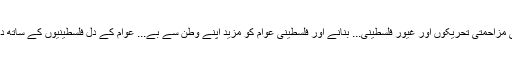
فلسطین کی مزاحمتی تحریکوں اور غیور فلسطینی... بنانے اور فلسطینی عوام کو مزید اپنے وطن سے بے... عوام کے دل فلسطینیوں کے ساتھ دھڑکتا ہے۔